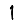
Digit: 1